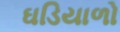
ઘડિયાળો